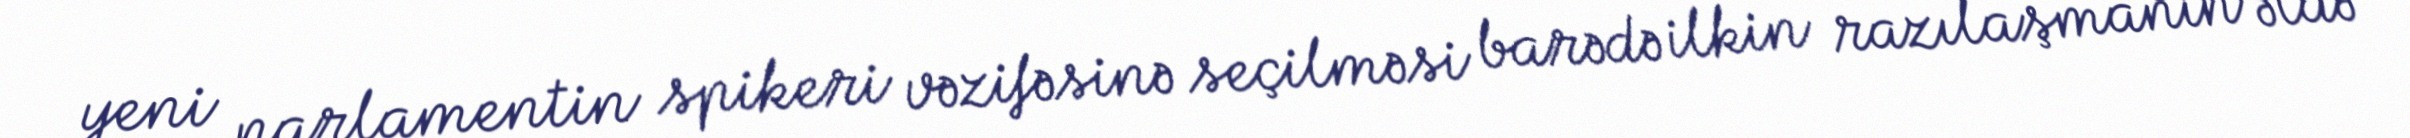
yeni parlamentin spikeri vəzifəsinə seçilməsi barədə ilkin razılaşmanın əldə